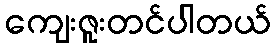
ကျေးဇူးတင်ပါတယ်